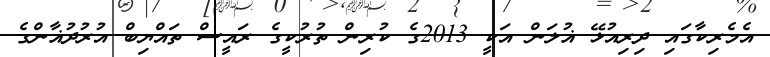
އެމެރިކާގައި ދިރިއުޅޭ ޣުލަން އަކީ 2013ގެ ކުރިން ތުރުކީގެ ރައީސް ތައްޔިބް އުރުދުޣާންގެ